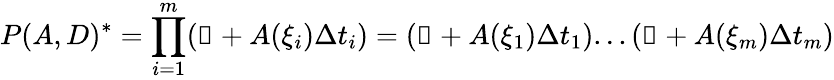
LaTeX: P(A,D)^{*}=\prod_{i=1}^{m}(\mathbb{1}+A(\xi_{i})\Delta t_{i})=(\mathbb{1}+A(\xi_{1})\Delta t_{1})...(\mathbb{1}+A(\xi_{m})\Delta t_{m})